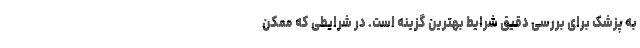
به پزشک برای بررسی دقیق شرایط بهترین گزینه است. در شرایطی که ممکن